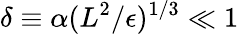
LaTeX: \delta\equiv\alpha(L^{2}/\epsilon)^{1/3}\ll 1